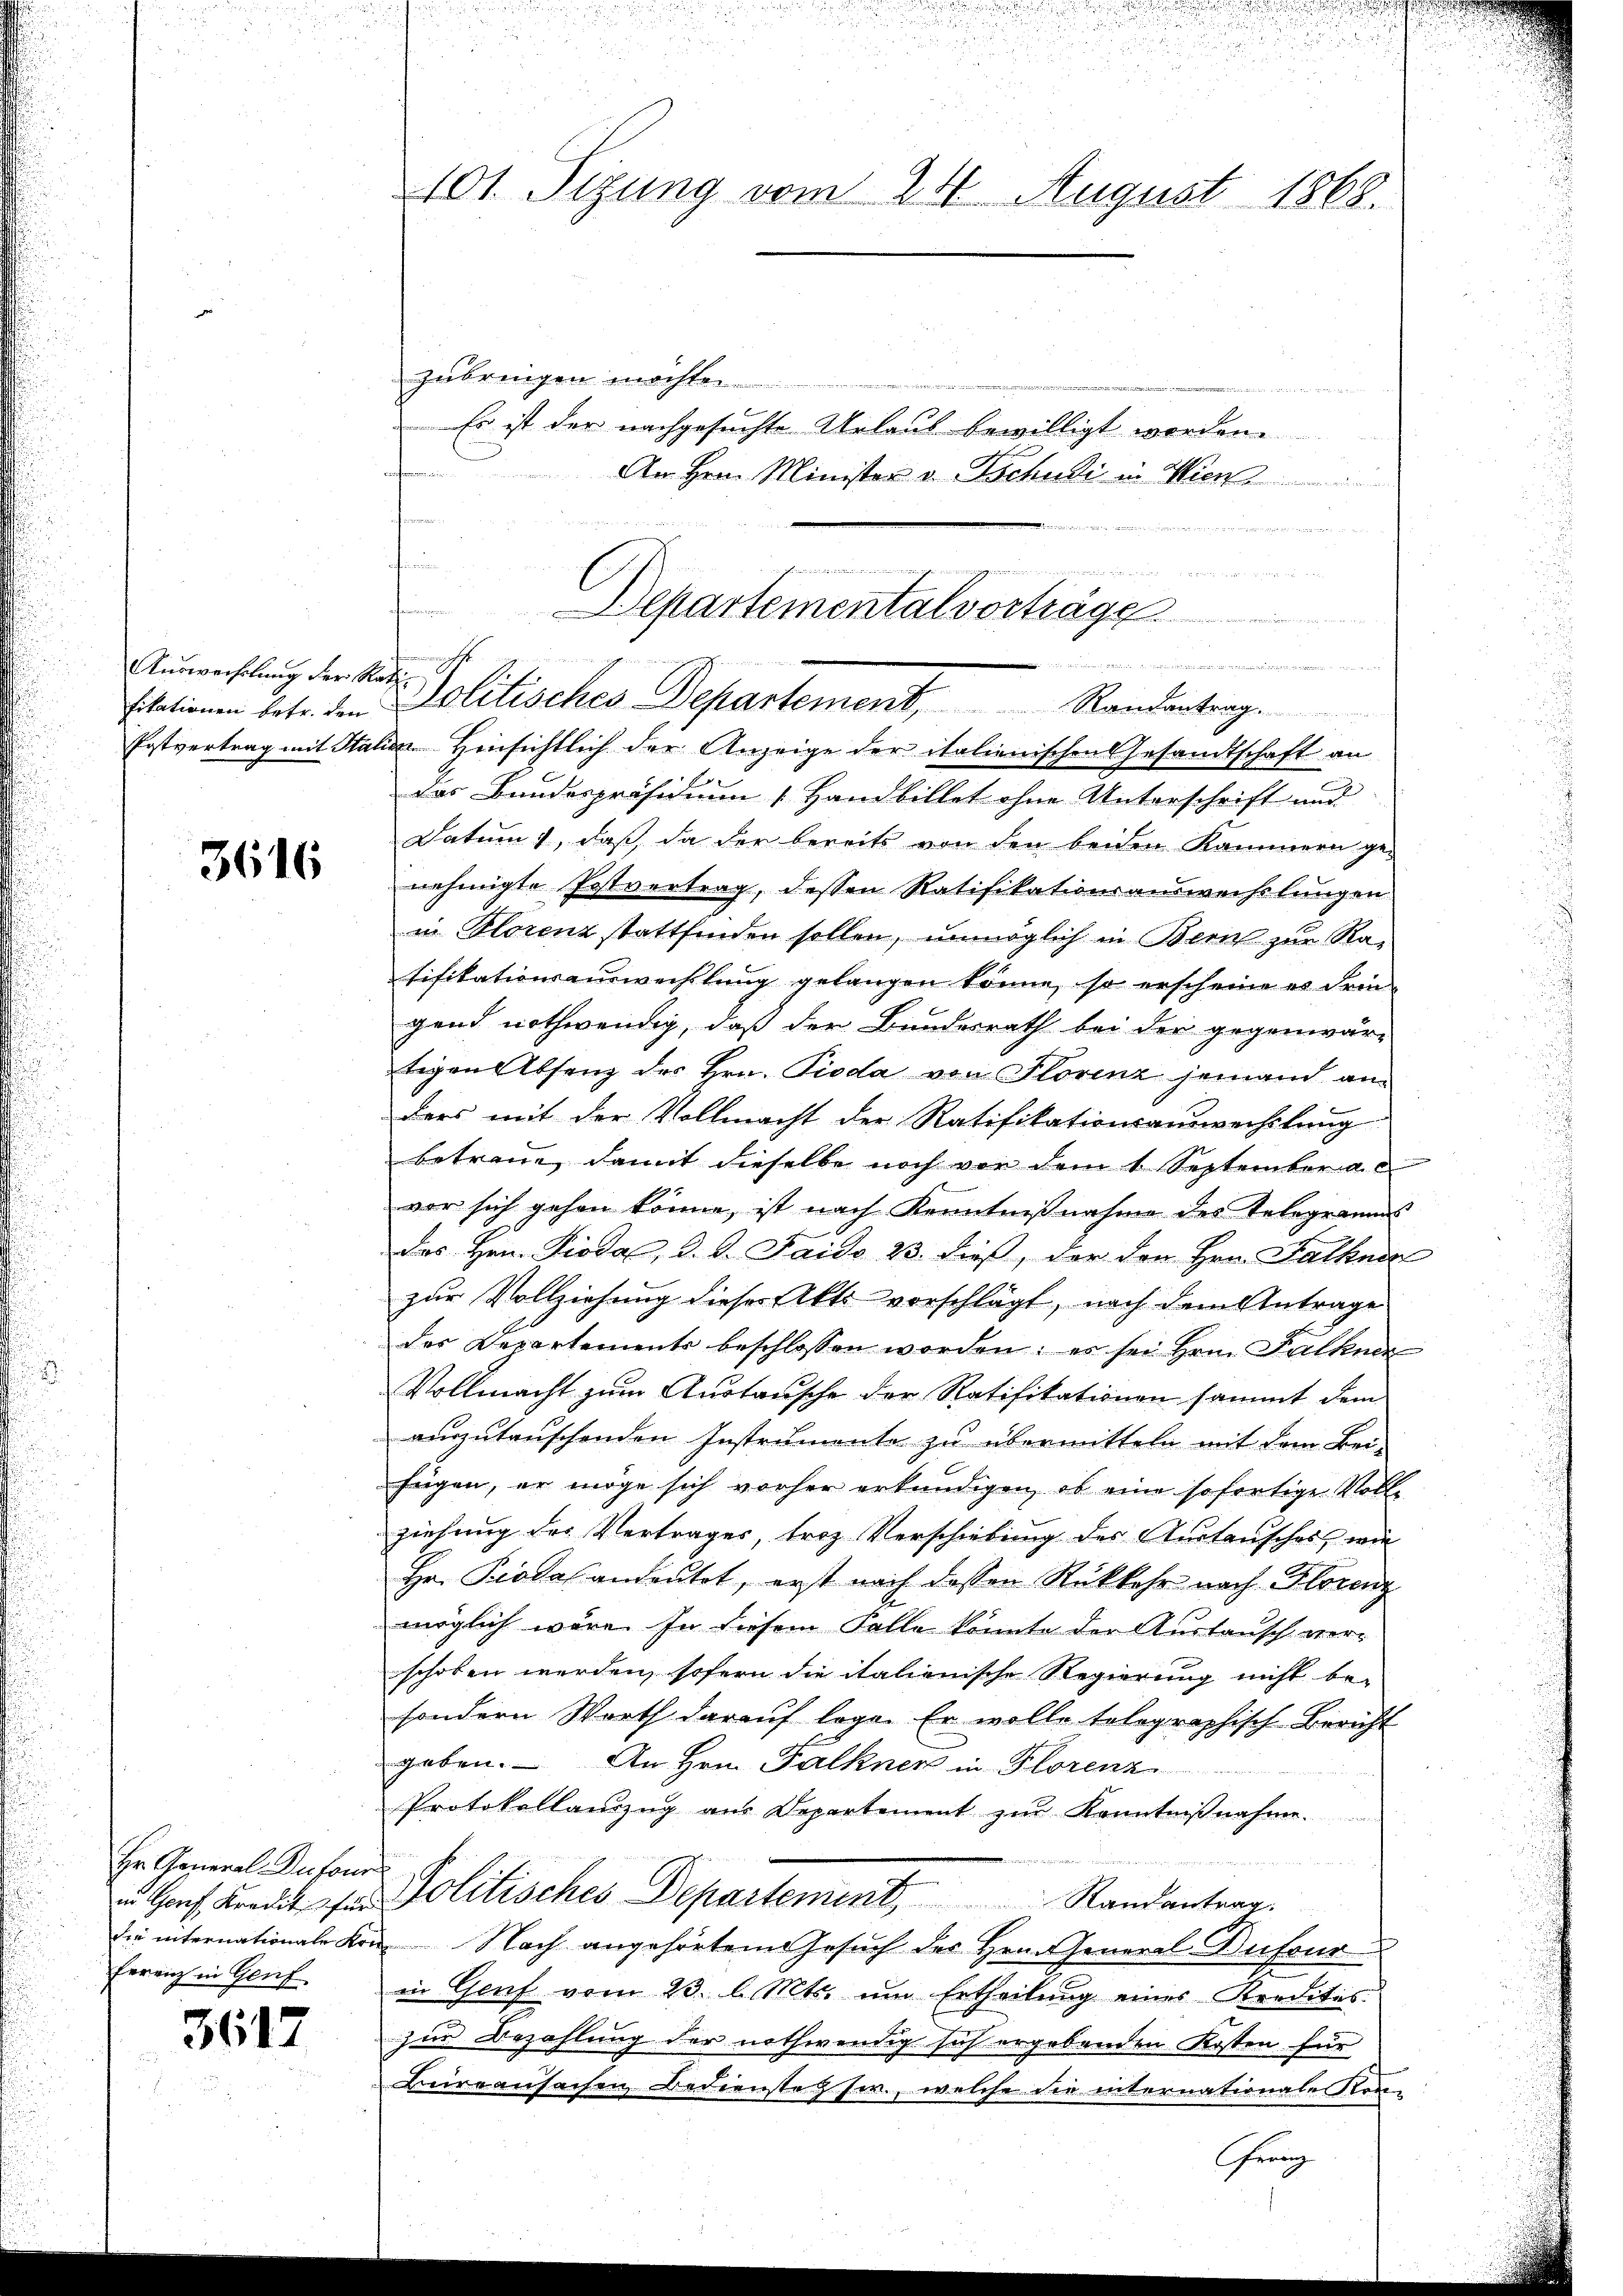
Auswechslung der Rath¬

3616

Hr. General-Reforn
ferrich in Genf

3617

d
101. Sizung vom 24. August 1868.

das Bundespräsidium 1 Handbillet ohne Unterschrift und
Datum, daß da der bereits von den beiden Kammern ge-
nehmigte Postvertrag, dessen Ratifikationsauswechslungen
in Plorenz stattfinden sollen, unmöglich in Bern zur Ratifikationsauswechslung gelangen könne, so erscheine es dringend nothwendig, daß der Bundesrath bei der gegenwär-
tigen Absenz des Hrn. Pioda von Florenz jemand an
ders mit der Vollmacht der Ratifikationsauswechslung
betraue, damit dieselbe noch vor dem 1 September al
vor sich gehen könne, ist nach Kenntnißnahme des Telegramms
das Hrn. Pioda, d. d. Faido 23. dieß, der den Hrn. Falkner
zur Vollziehung dieses Aktsvorschlägt, nach dem Antrage
des Departements beschlossen worden; es sei Hrn. Falkner
Vollmacht zum Austausche der Ratifikationen sammt dem
auszutauschenden Instrumente zu übermitteln mit dem Bei-
fügen, er möge sich vorher erkundigen, ob eine sofortige Vollziehung des Vertrages, troz Verschiebung des Anstensches, wie
Hr. Piodas andeutet, erst nach dessen Rükkehr nach Florenz
möglich wäre. In diesem Falle könnte der Austausch verschoben werden, sofern die italienische Regierung nicht be-
sondern Worth darauf loge. Er wolle tolographisch-Bericht
geben. – An Hrn. Falkner in Florenz
Protokollauszug aus Departement zur Kenntnißnahme.
u Hof Brodt für Politisches Departement Randantrag.
die internationale Kon. Nach angehörtem Gesuch des Hrn. General-Dufour
in Genf vom 23. l. Mts. um Ertheilung eines Kredites
zur Bezahlung der nothwendig sich ergebenden Kosten für
Büreausachen Bediensteg w., welche die internationale Kon-

zubringen möchte.

Es ist der nachgesuchte Urlaub bewilligt worden.
enformerin
An Hrn. Minister v. Tschudi in Wien
 den in eine werden

.

wenn und ein
Departemental vorträge

siationen betr. den Politisches Departement, Randentrag.
Postvertrag mit Station Hinsichtlich der Anzeige der italienischen Gesandtschaft an

.